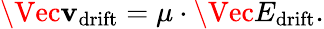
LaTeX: \Vec{\mathbf{v}}_{\mathrm{{{drift}}}}=\mu\cdot\Vec{E}_{\mathrm{{{drift}}}}.